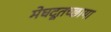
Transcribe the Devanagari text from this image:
मेघदूतच्छाया